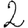
Digit: 2